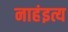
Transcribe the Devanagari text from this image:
नाहंइत्य